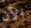
الآن